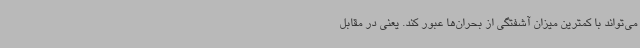
می‌تواند با کمترین میزان آشفتگی از بحران‌ها عبور کند. یعنی در مقابل